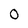
Character: O